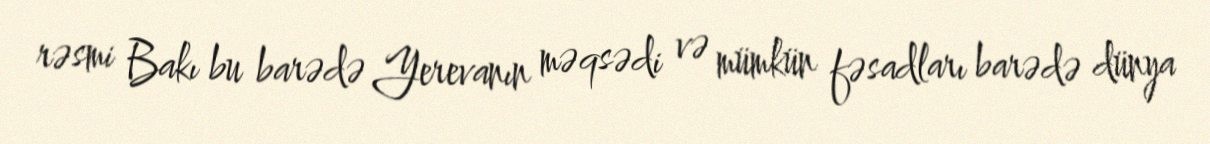
rəsmi Bakı bu barədə Yerevanın məqsədi və mümkün fəsadları barədə dünya